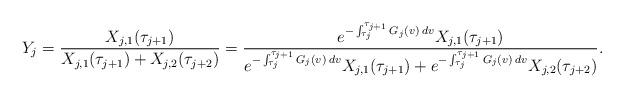
LaTeX: \begin{align*}Y_j = \frac{X_{j,1}(\tau_{j+1})}{X_{j,1}(\tau_{j+1}) + X_{j,2}(\tau_{j+2})} = \frac{e^{-\int_{\tau_j}^{\tau_{j+1}} G_j(v) \: dv} X_{j,1}(\tau_{j+1})}{e^{-\int_{\tau_j}^{\tau_{j+1}} G_j(v) \: dv} X_{j,1}(\tau_{j+1}) + e^{-\int_{\tau_j}^{\tau_{j+1}} G_j(v) \: dv} X_{j,2}(\tau_{j+2})}.\end{align*}